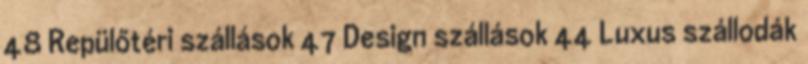
48 Repülőtéri szállások 47 Design szállások 44 Luxus szállodák